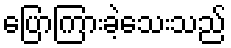
ပြောကြားခဲ့သေးသည်